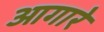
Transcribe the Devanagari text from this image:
आगारे